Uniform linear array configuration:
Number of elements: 16
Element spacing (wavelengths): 1
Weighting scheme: exponential
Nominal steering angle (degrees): -45
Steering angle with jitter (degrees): -43.757
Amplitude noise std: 0.05
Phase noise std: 0.05

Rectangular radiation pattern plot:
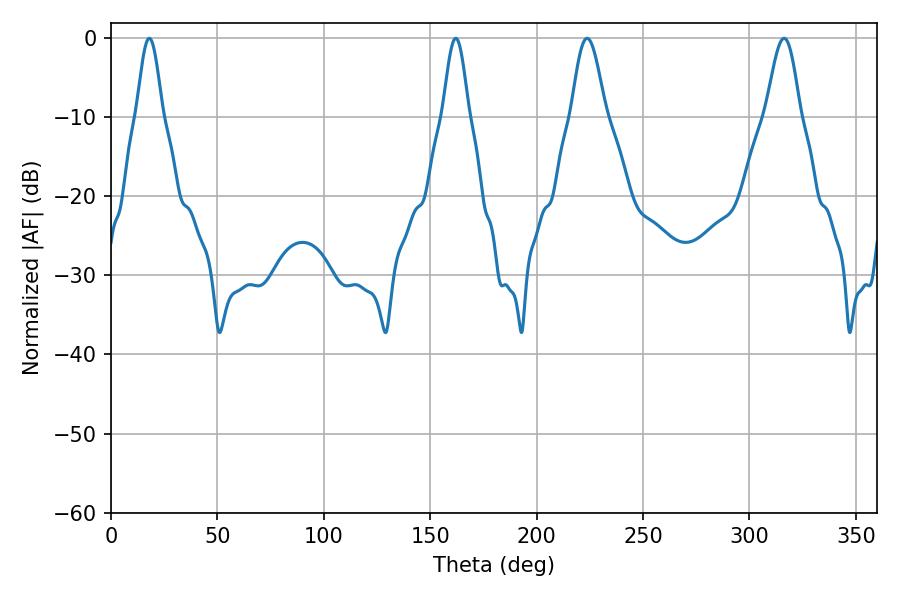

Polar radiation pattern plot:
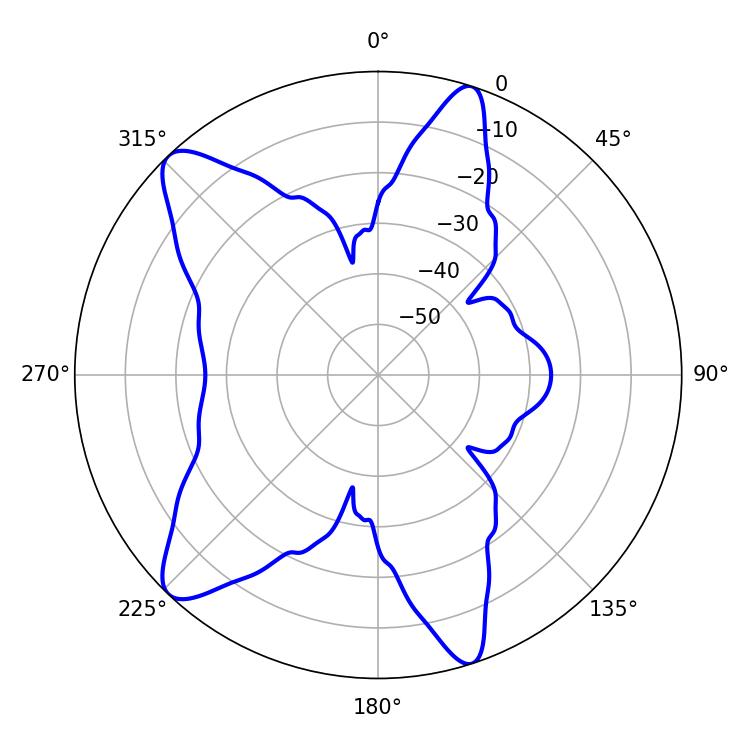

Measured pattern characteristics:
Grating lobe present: TRUE
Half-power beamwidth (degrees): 6.48
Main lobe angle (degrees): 18